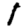
Digit: 1